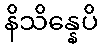
နိသိန္နေပိ